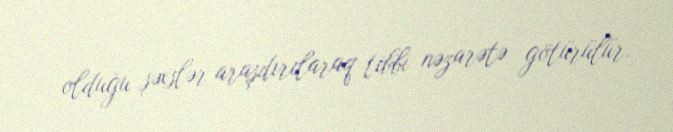
olduğu şəxslər araşdırılaraq tibbi nəzarətə götürülür.